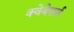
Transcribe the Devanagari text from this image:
क्वेबेसर्स